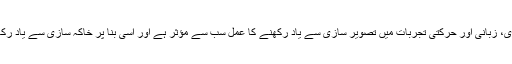
ماہرین کے مطابق سمعی، بصری، معنوی، زبانی اور حرکتی تجربات میں تصویر سازی سے یاد رکھنے کا عمل سب سے مؤثر ہے اور اسی بنا پر خاکہ سازی سے یاد رکھنے کا عمل بہت مؤثر ثابت ہوسکتا ہے۔